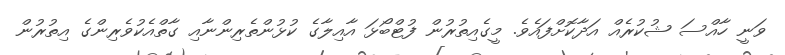
ވަނީ ހާއްސަ ޝުކުރެއް އަދާކޮށްފައެވެ. މީގެއިތުރުން ފުޓްބޯޅަ އާއިލާގެ ކުޅުންތެރިންނާއި ގާތްއެކުވެރިންގެ އިތުރުން